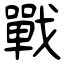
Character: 戰